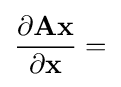
{\frac {\partial \mathbf {A} \mathbf {x} }{\partial \mathbf {x} }}=